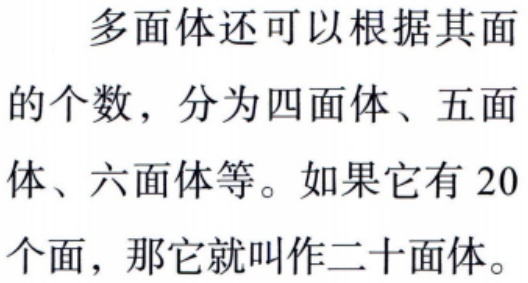
多面体还可以根据其面的个数，分为四面体、五面体、六面体等。如果它有 20个面，那它就叫作二十面体。